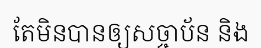
តែមិនបានឲ្យសច្ចាប័ន និង